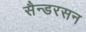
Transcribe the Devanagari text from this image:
सैन्डरसन